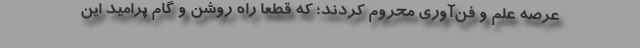
عرصه علم و فن‌آوری محروم کردند؛ که قطعا راه روشن و گام پرامید این